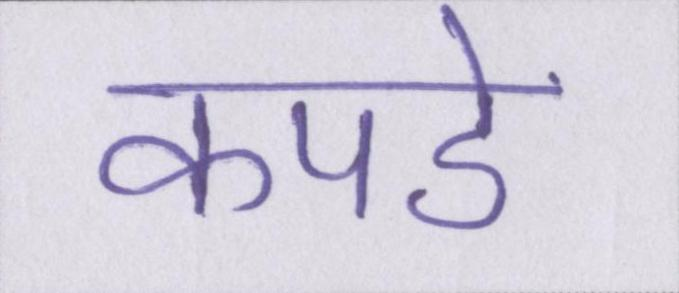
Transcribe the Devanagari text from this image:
कपडे